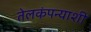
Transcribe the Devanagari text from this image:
तेलकंपन्याशी